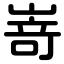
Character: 嵜